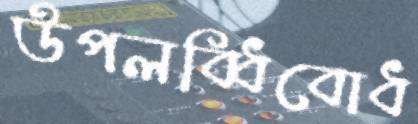
উপলব্ধিবোধ